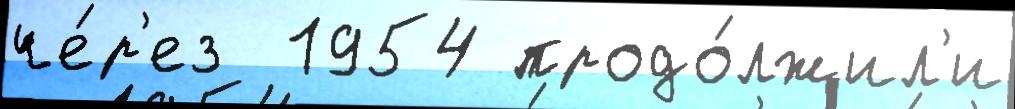
че́р'ез  1954 продо́лжил'и